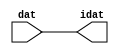
module ccs_in_v1 (idat, dat);

  parameter integer rscid = 1;
  parameter integer width = 8;

  output [width-1:0] idat;
  input  [width-1:0] dat;

  wire   [width-1:0] idat;

  assign idat = dat;

endmodule